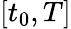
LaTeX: [t_{0},T]